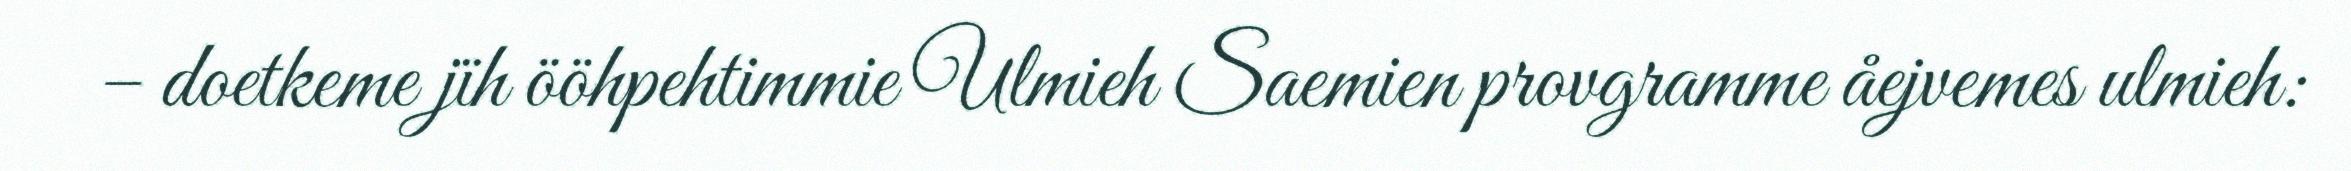
– doetkeme jïh ööhpehtimmie Ulmieh Saemien provgramme åejvemes ulmieh: